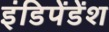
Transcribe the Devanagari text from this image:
इंडिपेंडेंश